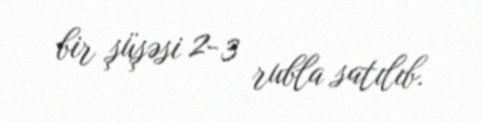
bir şüşəsi 2-3 rubla satılıb.